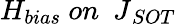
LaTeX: H_{{bias}}\ {on}\ {\ J}_{{SOT}}